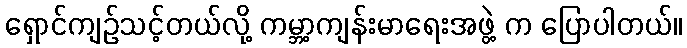
ရှောင်ကျဉ်သင့်တယ်လို့ ကမ္ဘာ့ကျန်းမာရေးအဖွဲ့ က ပြောပါတယ်။